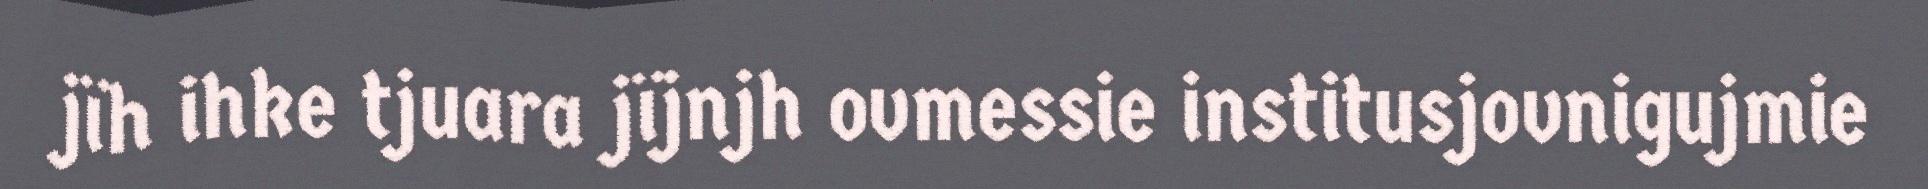
jïh ihke tjuara jïjnjh ovmessie institusjovnigujmie